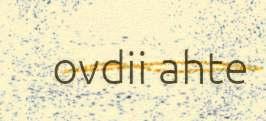
ovdii ahte